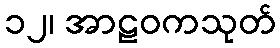
၁၂၊ အာဠဝကသုတ်